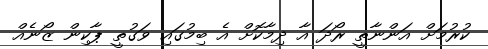
ކުރުމަށް އަންނާތީ ރޯދަ އާ ދިމާކޮށް އެ ބިމުގައި ވަގުތީ ޕާކިން ޒޯނެއް